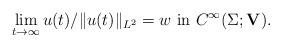
LaTeX: \begin{align*}\lim_{t\to \infty }{u(t)}/{\Vert u(t)\Vert _{L^2}}=w\ \textup{in}\ C^\infty(\Sigma;\mathbf{V}).\end{align*}